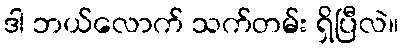
ဒါ ဘယ်လောက် သက်တမ်း ရှိပြီလဲ။